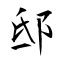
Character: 邸